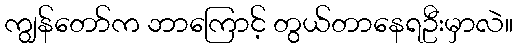
ကျွန်တော်က ဘာကြောင့် တွယ်တာနေရဦးမှာလဲ။